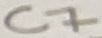
Text: C7